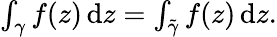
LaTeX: \begin{array}{r}{\int_{\gamma}f(z)\, \mathrm{d}z=\int_{\tilde{\gamma}}f(z)\, \mathrm{d}z.}\end{array}